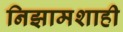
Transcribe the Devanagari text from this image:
निझामशाही